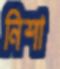
নিশা